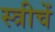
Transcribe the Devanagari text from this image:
स्त्रीचें